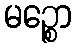
မဉ္စော